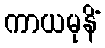
ကာယမုနိံ